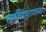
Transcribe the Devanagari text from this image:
स्मृतिवेदपुराणानां